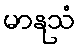
မာနုသံ